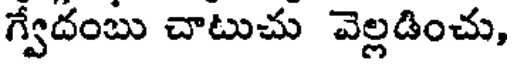
గ్వేదంబు చాటుచు వెల్లడించు,